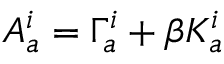
A _ { a } ^ { i } = \Gamma _ { a } ^ { i } + \beta K _ { a } ^ { i }